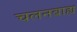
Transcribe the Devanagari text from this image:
चलनबाह्य